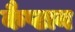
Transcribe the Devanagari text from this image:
कैप्टान